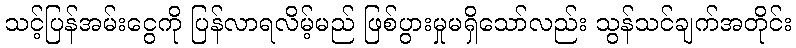
သင့်ပြန်အမ်းငွေကို ပြန်လာရလိမ့်မည် ဖြစ်ပွားမှုမရှိသော်လည်း သွန်သင်ချက်အတိုင်း